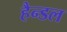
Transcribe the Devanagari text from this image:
हैन्डल